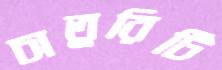
চাতুরিটি